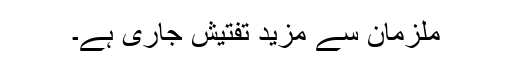
ملزمان سے مزید تفتیش جاری ہے۔